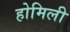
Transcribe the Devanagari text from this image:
होमिली